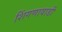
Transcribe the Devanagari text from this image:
शिंगणावाडी